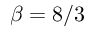
\beta = 8 / 3